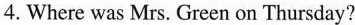
4.Where was Mrs. Green on Thursday?